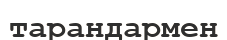
тарандармен